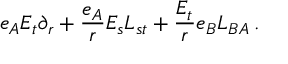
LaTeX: e _ { A } E _ { t } \partial _ { r } + \frac { e _ { A } } { r } E _ { s } L _ { s t } + \frac { E _ { t } } { r } e _ { B } L _ { B A } \, .